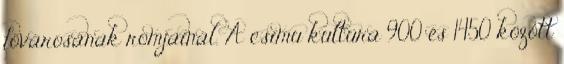
fővárosának romjainál. A csimu kultúra 900 és 1450 között